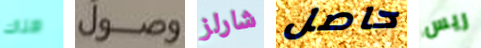
هناك وصول شارلز حاصل ريس